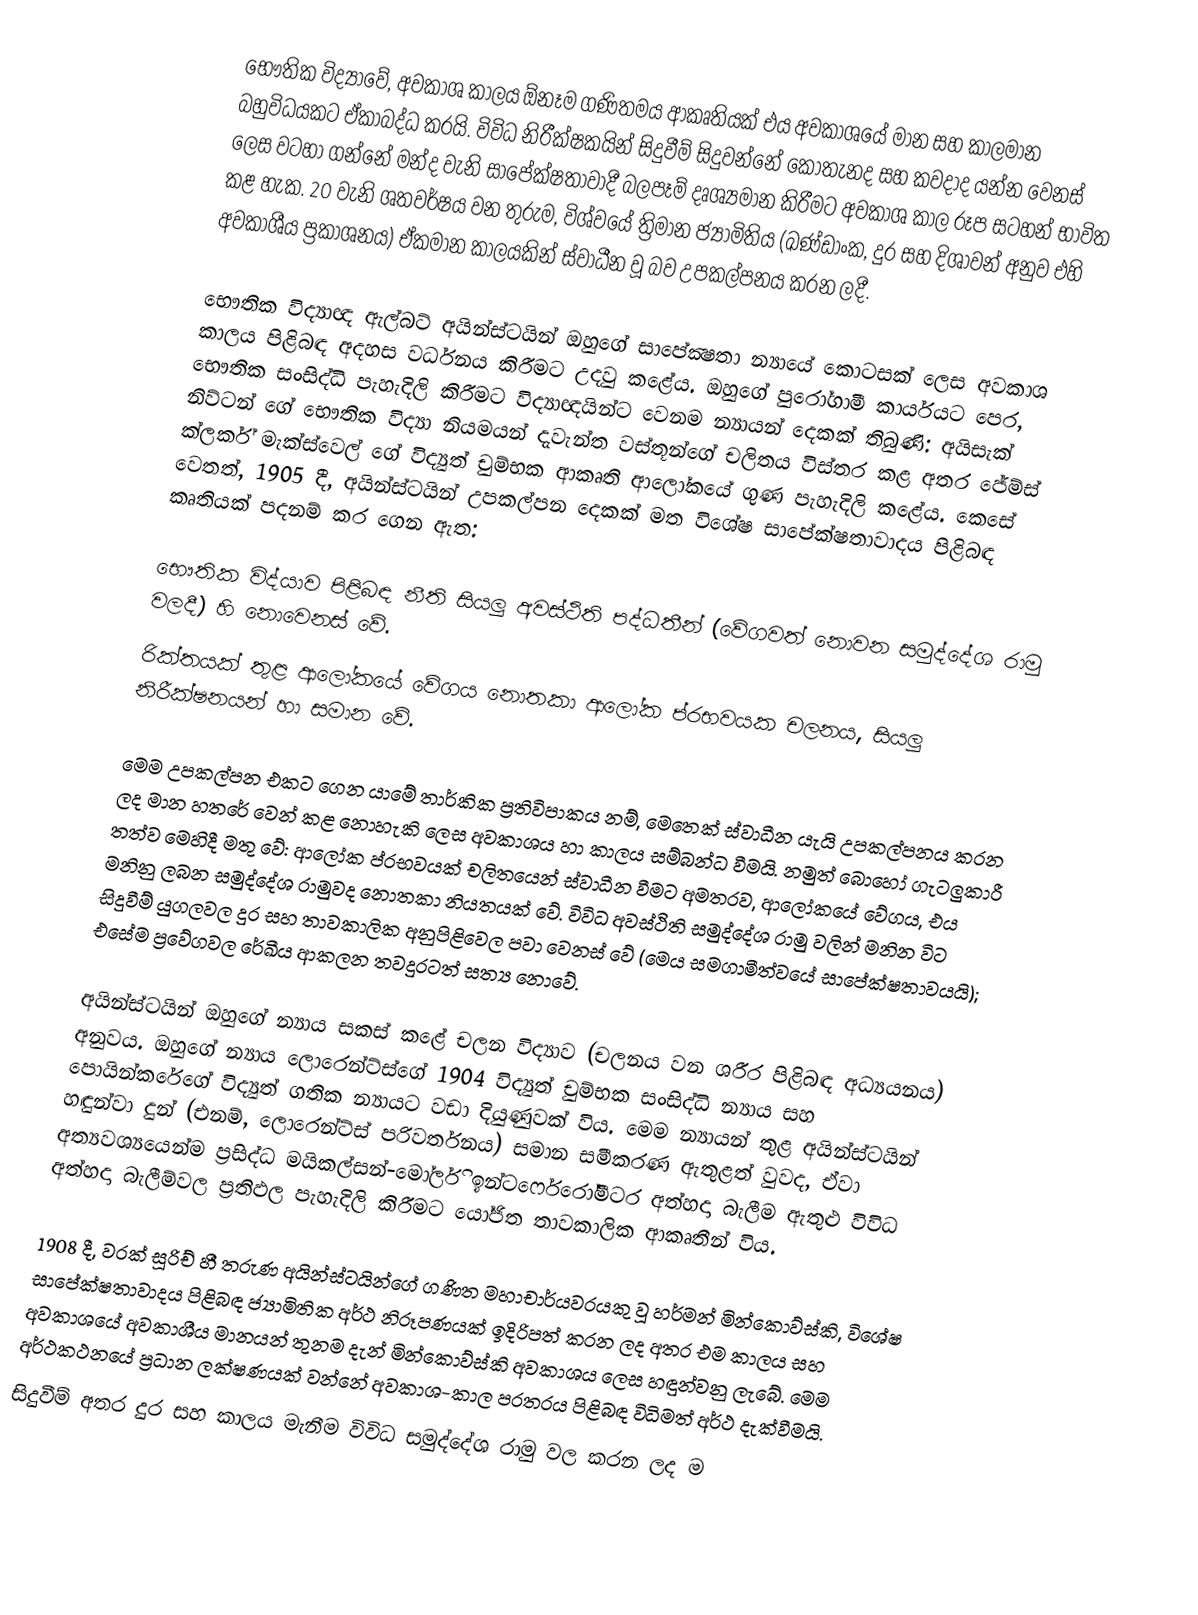
භෞතික විද්‍යාවේ, අවකාශ කාලය ඕනෑම ගණිතමය ආකෘතියක් එය අවකාශයේ මාන සහ කාලමාන බහුවිධයකට ඒකාබද්ධ කරයි. විවිධ නිරීක්ෂකයින් සිදුවීම් සිදුවන්නේ කොතැනද සහ කවදාද යන්න වෙනස් ලෙස වටහා ගන්නේ මන්ද වැනි සාපේක්ෂතාවාදී බලපෑම් දෘශ්‍යමාන කිරීමට අවකාශ කාල රූප සටහන් භාවිත කළ හැක. 20 වැනි ශතවර්ෂය වන තුරුම, විශ්වයේ ත්‍රිමාන ජ්‍යාමිතිය (ඛණ්ඩාංක, දුර සහ දිශාවන් අනුව එහි අවකාශීය ප්‍රකාශනය) ඒකමාන කාලයකින් ස්වාධීන වූ බව උපකල්පනය කරන ලදී.

භෞතික විද්‍යාඥ ඇල්බට් අයින්ස්ටයින් ඔහුගේ සාපේක්‍ෂතා න්‍යායේ කොටසක් ලෙස අවකාශ කාලය පිළිබඳ අදහස වර්ධනය කිරීමට උදවු කළේය. ඔහුගේ පුරෝගාමී කාර්යයට පෙර, භෞතික සංසිද්ධි පැහැදිලි කිරීමට විද්‍යාඥයින්ට වෙනම න්‍යායන් දෙකක් තිබුණි: අයිසැක් නිව්ටන් ගේ භෞතික විද්‍යා නියමයන් දැවැන්ත වස්තූන්ගේ චලිතය විස්තර කළ අතර ජේම්ස් ක්ලර්ක් මැක්ස්වෙල් ගේ විද්‍යුත් චුම්භක ආකෘති ආලෝකයේ ගුණ පැහැදිලි කළේය. කෙසේ වෙතත්, 1905 දී, අයින්ස්ටයින් උපකල්පන දෙකක් මත විශේෂ සාපේක්ෂතාවාදය පිළිබඳ කෘතියක් පදනම් කර ගෙන ඇත:

 භෞතික විද්යාව පිළිබඳ නීති සියලු අවස්ථිති පද්ධතීන් (වේගවත් නොවන සමුද්දේශ රාමු වලදී) හි නොවෙනස් වේ.
 රික්තයක් තුළ ආලෝකයේ වේගය නොතකා ආලෝක ප්රභවයක චලනය, සියලු නිරීක්ෂනයන් හා සමාන වේ.

මෙම උපකල්පන එකට ගෙන යාමේ තාර්කික ප්‍රතිවිපාකය නම්, මෙතෙක් ස්වාධීන යැයි උපකල්පනය කරන ලද මාන හතරේ වෙන් කළ නොහැකි ලෙස අවකාශය හා කාලය සම්බන්ධ වීමයි. නමුත් බොහෝ ගැටලුකාරී තත්ව මෙහිදී මතු වේ: ආලෝක ප්රභවයක් චලිතයෙන් ස්වාධීන වීමට අමතරව, ආලෝකයේ වේගය, එය මනිනු ලබන සමුද්දේශ රාමුවද නොතකා නියතයක් වේ. විවිධ අවස්ථිති සමුද්දේශ රාමු වලින් මනින විට සිදුවීම් යුගලවල දුර සහ තාවකාලික අනුපිළිවෙල පවා වෙනස් වේ (මෙය සමගාමීත්වයේ සාපේක්ෂතාවයයි); එසේම ප්‍රවේගවල රේඛීය ආකලන තවදුරටත් සත්‍ය නොවේ.

අයින්ස්ටයින් ඔහුගේ න්‍යාය සකස් කළේ චලන විද්‍යාව (චලනය වන ශරීර පිළිබඳ අධ්‍යයනය) අනුවය. ඔහුගේ න්‍යාය ලොරෙන්ට්ස්ගේ 1904 විද්‍යුත් චුම්භක සංසිද්ධි න්‍යාය සහ පොයින්කරේගේ විද්‍යුත් ගතික න්‍යායට වඩා දියුණුවක් විය. මෙම න්‍යායන් තුළ අයින්ස්ටයින් හඳුන්වා දුන් (එනම්, ලොරෙන්ට්ස් පරිවර්තනය) සමාන සමීකරණ ඇතුළත් වුවද, ඒවා අත්‍යවශ්‍යයෙන්ම ප්‍රසිද්ධ මයිකල්සන්-මෝර්ලි ඉන්ටර්ෆෙරෝමීටර අත්හදා බැලීම ඇතුළු විවිධ අත්හදා බැලීම්වල ප්‍රතිඵල පැහැදිලි කිරීමට යෝජිත තාවකාලික ආකෘතීන් විය.

1908 දී, වරක් සූරිච් හී තරුණ අයින්ස්ටයින්ගේ ගණිත මහාචාර්යවරයකු වූ හර්මන් මින්කොව්ස්කි, විශේෂ සාපේක්ෂතාවාදය පිළිබඳ ජ්‍යාමිතික අර්ථ නිරූපණයක් ඉදිරිපත් කරන ලද අතර එම කාලය සහ අවකාශයේ අවකාශීය මානයන් තුනම දැන් මින්කොව්ස්කි අවකාශය  ලෙස හඳුන්වනු ලැබේ. මෙම අර්ථකථනයේ ප්‍රධාන ලක්ෂණයක් වන්නේ අවකාශ-කාල පරතරය පිළිබඳ විධිමත් අර්ථ දැක්වීමයි.
සිදුවීම් අතර දුර සහ කාලය මැනීම විවිධ සමුද්දේශ රාමු වල කරන ලද ම